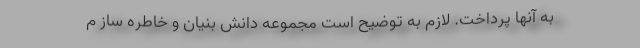
به آنها پرداخت. لازم به توضیح است مجموعه دانش بنیان و خاطره ساز م